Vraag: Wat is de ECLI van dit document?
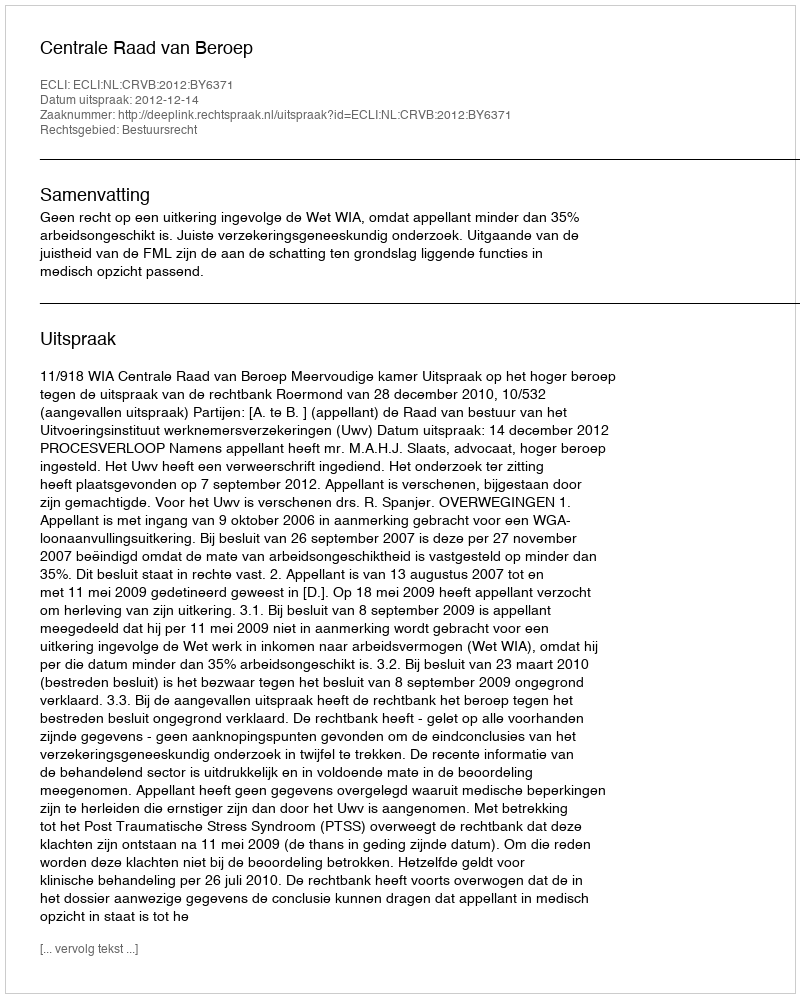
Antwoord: ECLI:NL:CRVB:2012:BY6371